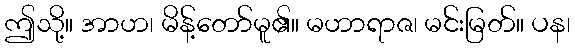
ဤသို့။ အာဟ၊ မိန့်တော်မူ၏။ မဟာရာဇ၊ မင်းမြတ်။ ပန၊